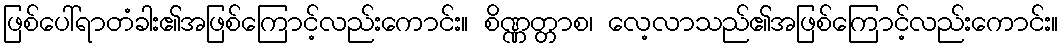
ဖြစ်ပေါ်ရာတံခါး၏အဖြစ်ကြောင့်လည်းကောင်း။ စိဏ္ဏတ္တာစ၊ လေ့လာသည်၏အဖြစ်ကြောင့်လည်းကောင်း။